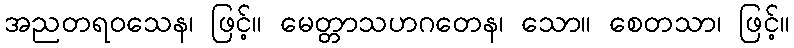
အညတရဝသေန၊ ဖြင့်။ မေတ္တာသဟဂတေန၊ သော။ စေတသာ၊ ဖြင့်။